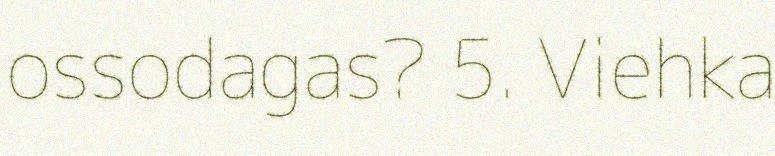
ossodagas? 5. Viehka